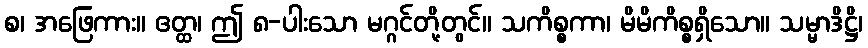
စ၊ အဖြေကား။ ဧတ္ထ၊ ဤ ၈-ပါးသော မဂ္ဂင်တို့တွင်။ သကိစ္စကာ၊ မိမိကိစ္စရှိသော။ သမ္မာဒိဋ္ဌိ၊